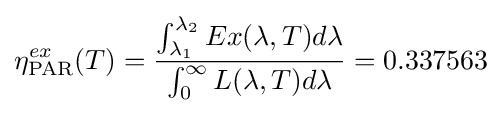
\eta _{\text{PAR}}^{ex}(T)={\frac {\int _{\lambda _{1}}^{\lambda _{2}}Ex(\lambda ,T)d\lambda }{\int _{0}^{\infty }L(\lambda ,T)d\lambda }}=0.337563